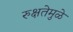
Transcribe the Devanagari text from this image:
रुक्षतेमुळे